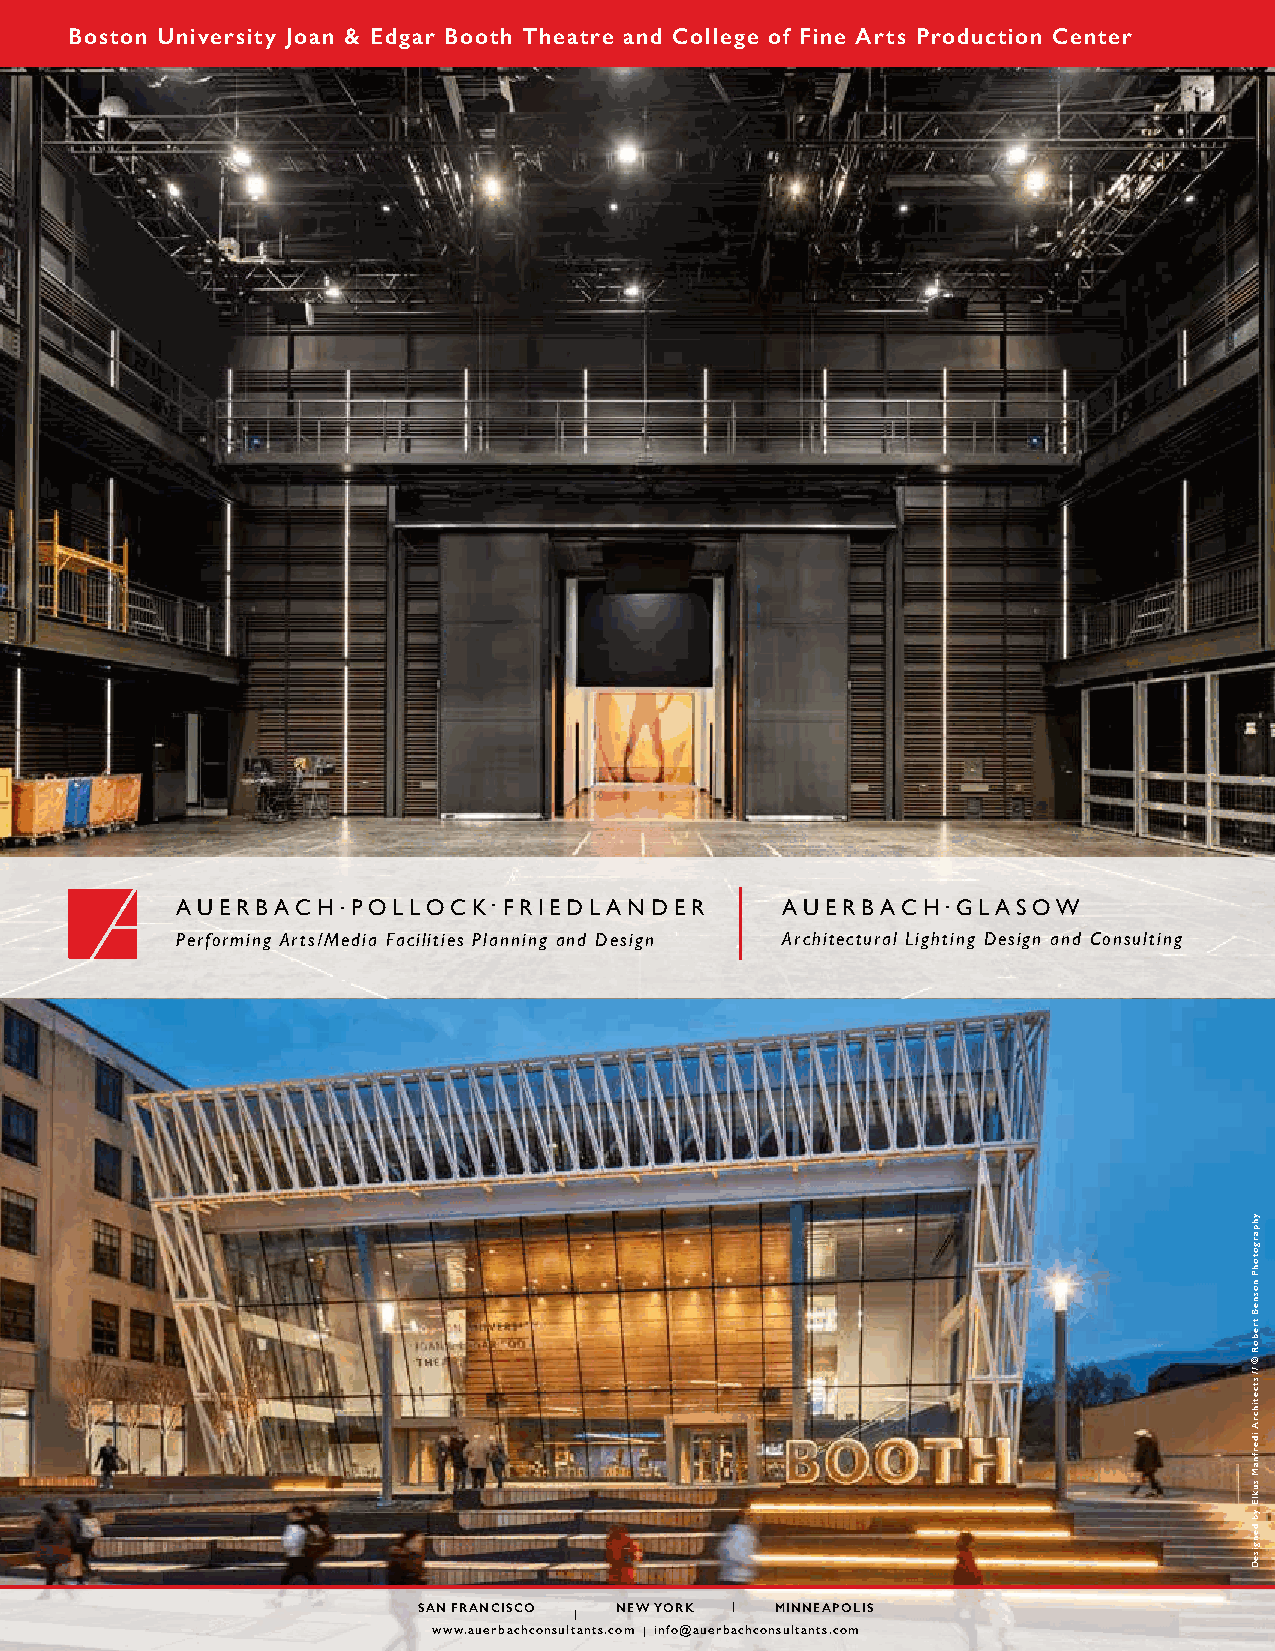
Boston University Joan & Edgar Booth Theatre and College of Fine Arts Production Center
 .          .                             .
 AUERBACH   POLLOCK   FRIEDLANDER        AUERBACH   GLASOW
 Performing Arts/Media Facilities Planning and Design Architectural Lighting Design and Consulting
 SAN FRANCISCO NEW YORK MINNEAPOLIS
 www.auerbachconsultants.com info@auerbachconsultants.com
 yhpargotohP
 nosneB
 treboR
 ©
 //
 stcetihcrA
 iderfnaM
 suklE
 yb
 dengiseD